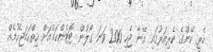
ހެރީ ކޭންގެ ކެރިއަރުގައި އޭނާ ޖެހި 200 ވަނަ ގޯލުން ޓޮޓެންހަމްއަށް ހިތްހަމަޖެހުމެއް